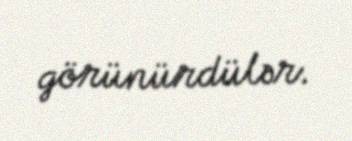
görünürdülər.